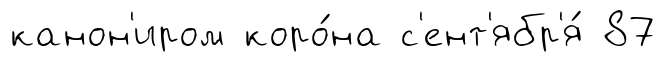
канон'иром коро́на с'ент'ябр'я́ 87